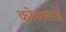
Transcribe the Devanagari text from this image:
कोसालाई